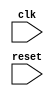
module USB_bus_controller (
    input wire clk,
    input wire reset,
    // add other input and output ports here as needed
);

// declare internal signals and variables here

// add code to implement the timing control and synchronization functionality

endmodule